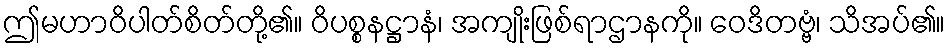
ဤမဟာဝိပါတ်စိတ်တို့၏။ ဝိပစ္စနဋ္ဌာနံ၊ အကျိုးဖြစ်ရာဌာနကို။ ဝေဒိတဗ္ဗံ၊ သိအပ်၏။